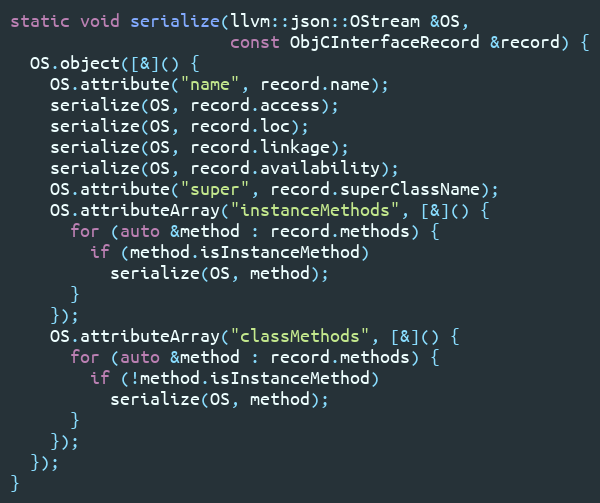
Language: C++
static void serialize(llvm::json::OStream &OS,
                      const ObjCInterfaceRecord &record) {
  OS.object([&]() {
    OS.attribute("name", record.name);
    serialize(OS, record.access);
    serialize(OS, record.loc);
    serialize(OS, record.linkage);
    serialize(OS, record.availability);
    OS.attribute("super", record.superClassName);
    OS.attributeArray("instanceMethods", [&]() {
      for (auto &method : record.methods) {
        if (method.isInstanceMethod)
          serialize(OS, method);
      }
    });
    OS.attributeArray("classMethods", [&]() {
      for (auto &method : record.methods) {
        if (!method.isInstanceMethod)
          serialize(OS, method);
      }
    });
  });
}